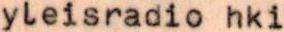
yleisradio hki